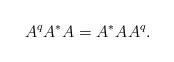
LaTeX: \begin{align*}A^qA^{*}A=A^{*}A^{}A^q.\end{align*}